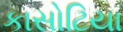
કાસોટિયા